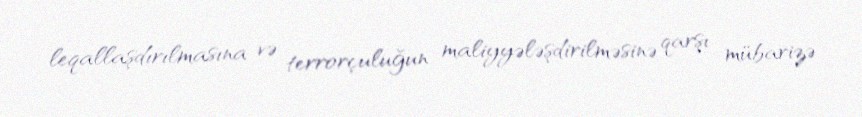
leqallaşdırılmasına və terrorçuluğun maliyyələşdirilməsinə qarşı mübarizə